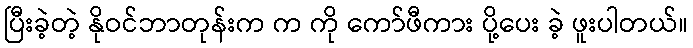
ပြီးခဲ့တဲ့ နိုဝင်ဘာတုန်းက က ကို ကော်ဖီကား ပို့ပေး ခဲ့ ဖူးပါတယ်။